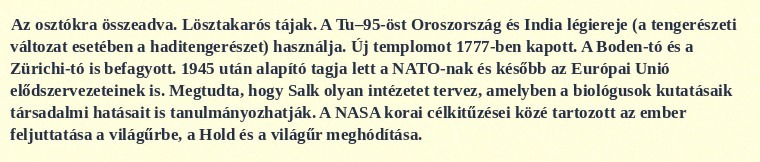
Az osztókra összeadva. Lösztakarós tájak. A Tu–95-öst Oroszország és India légiereje (a tengerészeti változat esetében a haditengerészet) használja. Új templomot 1777-ben kapott. A Boden-tó és a Zürichi-tó is befagyott. 1945 után alapító tagja lett a NATO-nak és később az Európai Unió elődszervezeteinek is. Megtudta, hogy Salk olyan intézetet tervez, amelyben a biológusok kutatásaik társadalmi hatásait is tanulmányozhatják. A NASA korai célkitűzései közé tartozott az ember feljuttatása a világűrbe, a Hold és a világűr meghódítása.